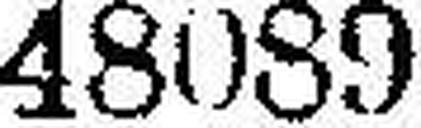
48089